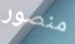
منصور